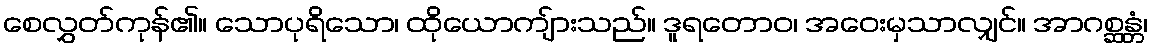
စေလွှတ်ကုန်၏။ သောပုရိသော၊ ထိုယောကျ်ားသည်။ ဒူရတောဝ၊ အဝေးမှသာလျှင်။ အာဂစ္ဆန္တံ၊